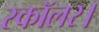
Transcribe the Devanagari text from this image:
स्कॉलर।